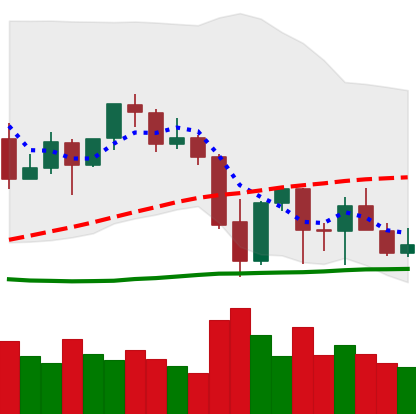
Ticker: ETH-USD
Chart end date: 2021-09-29
Forward return: 18.469%
Label: up_7plus